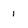
Character: 1